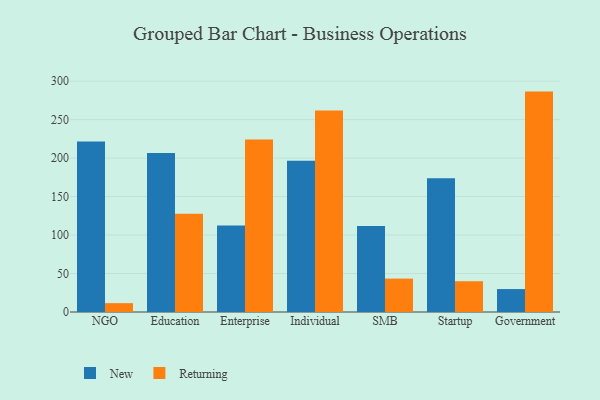
{"axis": {"x": "Segment", "y": "Tickets Resolved"}, "legend": ["New", "Returning"], "data": [{"x": "NGO", "y": 221.7, "type": "New"}, {"x": "NGO", "y": 11.5, "type": "Returning"}, {"x": "Education", "y": 206.5, "type": "New"}, {"x": "Education", "y": 127.6, "type": "Returning"}, {"x": "Enterprise", "y": 112.4, "type": "New"}, {"x": "Enterprise", "y": 224.3, "type": "Returning"}, {"x": "Individual", "y": 196.6, "type": "New"}, {"x": "Individual", "y": 261.9, "type": "Returning"}, {"x": "SMB", "y": 111.7, "type": "New"}, {"x": "SMB", "y": 43.4, "type": "Returning"}, {"x": "Startup", "y": 173.7, "type": "New"}, {"x": "Startup", "y": 40.0, "type": "Returning"}, {"x": "Government", "y": 29.8, "type": "New"}, {"x": "Government", "y": 286.4, "type": "Returning"}]}